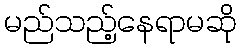
မည်သည့်နေရာမဆို